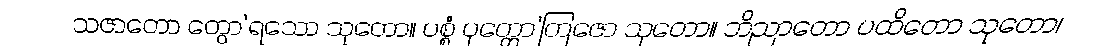
သဇာတော တွော’ရသော သုတော။ ပစ္စံ ပုတ္တော’တြဇော သုတော။ ဘိညာတော ပထိတော သုတော၊